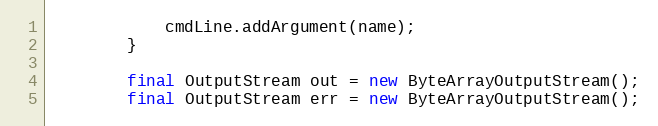
Language: Java
            cmdLine.addArgument(name);
        }

        final OutputStream out = new ByteArrayOutputStream();
        final OutputStream err = new ByteArrayOutputStream();